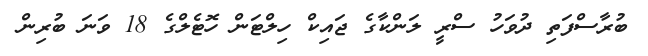
ބުރާސްފަތި ދުވަހު ސްރީ ލަންކާގެ ޖައިކް ހިލްޓަން ހޮޓެލްގެ 18 ވަނަ ބުރިން